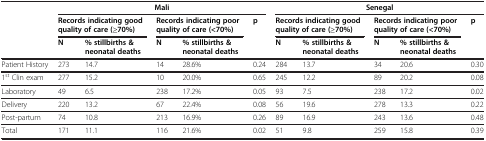
<table><thead><tr><td><b> </b></td><td colspan="5"><b>Mali</b></td><td colspan="5"><b>Senegal</b></td></tr><tr><td><b> </b></td><td colspan="2"><b>Records indicating good quality of care (≥70%)</b></td><td colspan="2"><b>Records indicating poor quality of care (&lt;70%)</b></td><td><b>p</b></td><td colspan="2"><b>Records indicating good quality of care (≥70%)</b></td><td colspan="2"><b>Records indicating poor quality of care (&lt;70%)</b></td><td><b>p</b></td></tr><tr><td><b> </b></td><td><b>N</b></td><td><b>% stillbirths &amp; neonatal deaths</b></td><td><b>N</b></td><td><b>% stillbirths &amp; neonatal deaths</b></td><td><b> </b></td><td><b>N</b></td><td><b>% stillbirths &amp; neonatal deaths</b></td><td><b>N</b></td><td><b>% stillbirths &amp; neonatal deaths</b></td><td><b> </b></td></tr></thead><tbody><tr><td>Patient History</td><td>273</td><td>14.7</td><td>14</td><td>28.6%</td><td>0.24</td><td>284</td><td>13.7</td><td>34</td><td>20.6</td><td>0.30</td></tr><tr><td>1<sup>st</sup> Clin exam</td><td>277</td><td>15.2</td><td>10</td><td>20.0%</td><td>0.65</td><td>245</td><td>12.2</td><td>89</td><td>20.2</td><td>0.08</td></tr><tr><td>Laboratory</td><td>49</td><td>6.5</td><td>238</td><td>17.2%</td><td>0.05</td><td>93</td><td>7.5</td><td>238</td><td>17.2</td><td>0.02</td></tr><tr><td>Delivery</td><td>220</td><td>13.2</td><td>67</td><td>22.4%</td><td>0.08</td><td>56</td><td>19.6</td><td>278</td><td>13.3</td><td>0.22</td></tr><tr><td>Post-partum</td><td>74</td><td>10.8</td><td>213</td><td>16.9%</td><td>0.26</td><td>89</td><td>16.9</td><td>243</td><td>13.6</td><td>0.48</td></tr><tr><td>Total</td><td>171</td><td>11.1</td><td>116</td><td>21.6%</td><td>0.02</td><td>51</td><td>9.8</td><td>259</td><td>15.8</td><td>0.39</td></tr></tbody></table>